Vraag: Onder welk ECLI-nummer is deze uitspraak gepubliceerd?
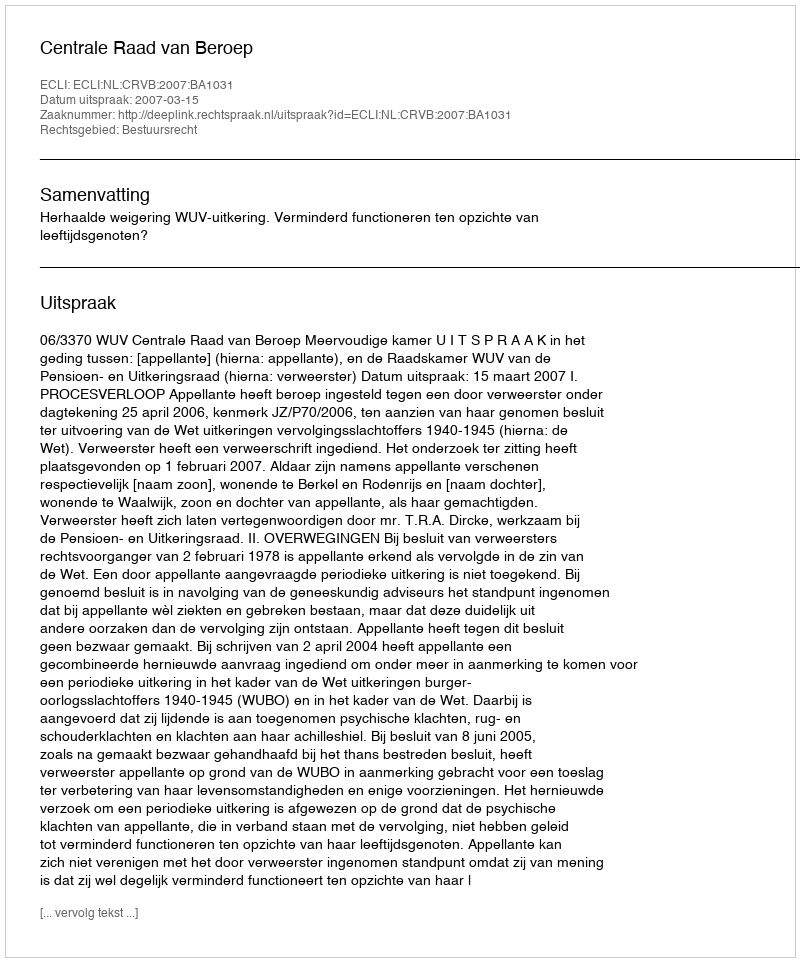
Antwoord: ECLI:NL:CRVB:2007:BA1031